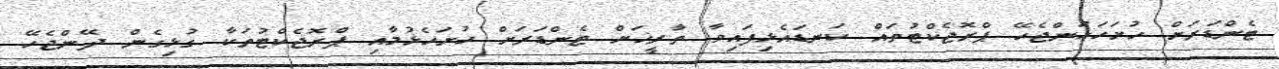
ޓެންޑަރަށް ހުށަހަޅަންޖެހޭ ޕްރޮޖެކްޓުތައް ކަނޑައެޅިފައިވާ ތާރީޚަށް ޓެންޑަރަށް ހުށަހެޅުމާއި ޕްރޮޖެކްޓުތަކާ ގުޅިގެން ދޭންޖެހޭ